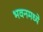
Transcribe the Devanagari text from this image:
भवनमध्ये